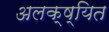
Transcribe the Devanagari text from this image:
अलक्ष्यित